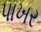
પાખર